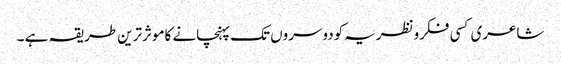
شاعری کسی فکرونظریہ کودوسروں تک پہنچانے کاموثرترین طریقہ ہے ۔